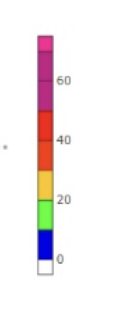
Blue: 0 to 10
Green: 10 to 20
Yellow: 20 to 30
Orange: 30 to 40
Red: 40 to 50
Magenta: 50 to 70
Pink: 70 to 75